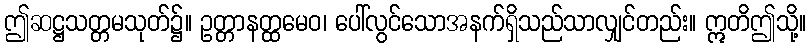
ဤဆဋ္ဌသတ္တမသုတ်၌။ ဥတ္တာနတ္ထမေဝ၊ ပေါ်လွင်သောအနက်ရှိသည်သာလျှင်တည်း။ ဣတိဤသို့။